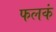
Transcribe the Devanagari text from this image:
फलकं